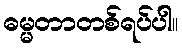
ဓမ္မတာတစ်ရပ်ပါ။